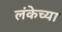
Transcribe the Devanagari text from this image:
लंकेच्या